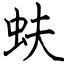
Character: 蚨